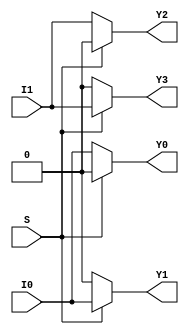
module demux(
    input wire I0,
    input wire I1,
    input wire S,
    output wire Y0,
    output wire Y1,
    output wire Y2,
    output wire Y3
);

assign Y0 = (S == 0) ? I0 : 1'b0;
assign Y1 = (S == 1) ? I0 : 1'b0;
assign Y2 = (S == 0) ? I1 : 1'b0;
assign Y3 = (S == 1) ? I1 : 1'b0;

endmodule